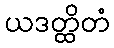
ယဒတ္ထိတံ